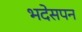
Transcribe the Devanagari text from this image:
भदेसपन